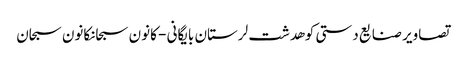
تصاویر صنایع دستی کوهدشت لرستان بایگانی - کانون سبحانکانون سبحان